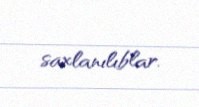
saxlanılıblar.